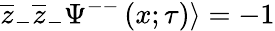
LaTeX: \overline{{{z}}}_{-}\overline{{{z}}}_{-}\Psi^{--}\left(x;\tau\right)\rangle=-1